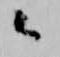
々